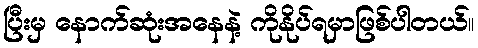
ပြီးမှ နောက်ဆုံးအနေနဲ့ ကိုနိုပ်ရမှာဖြစ်ပါတယ်။